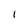
Character: I